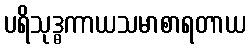
ပရိသုဒ္ဓကာယသမာစာရတာယ